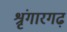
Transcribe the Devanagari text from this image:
श्रृंगारगढ़